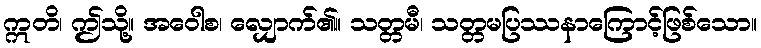
ဣတိ၊ ဤသို့။ အဝေါစ၊ လျှောက်၏။ သတ္တမီ၊ သတ္တမပြဿနာကြောင့်ဖြစ်သော။